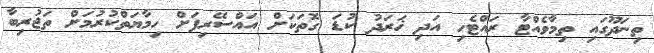
ތިނަދޫގައި ތިމާވެއްޓާ ރައްޓެހި އަދި ޚަރަދު ކުޑަ ގޮތަކަށް އައްސޭރިފަށް ހިމާޔަތްކުރުމަށް ތަޖުރިބާ